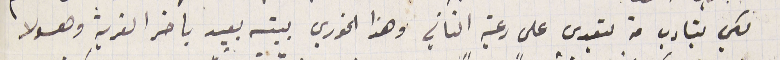
لكي يتادب من يتعدى على رعية التاني وهذا الخوري بيته بعيد باخر القرية وهو لا